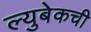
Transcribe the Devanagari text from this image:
ल्युबेकची